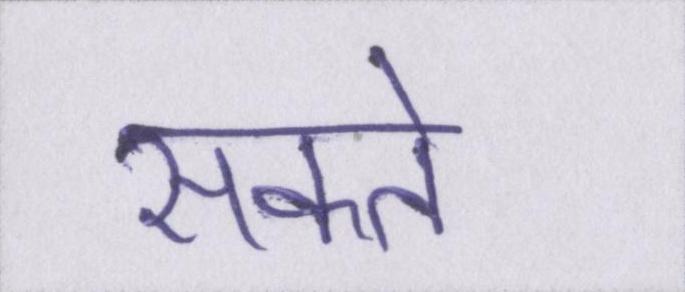
सकते